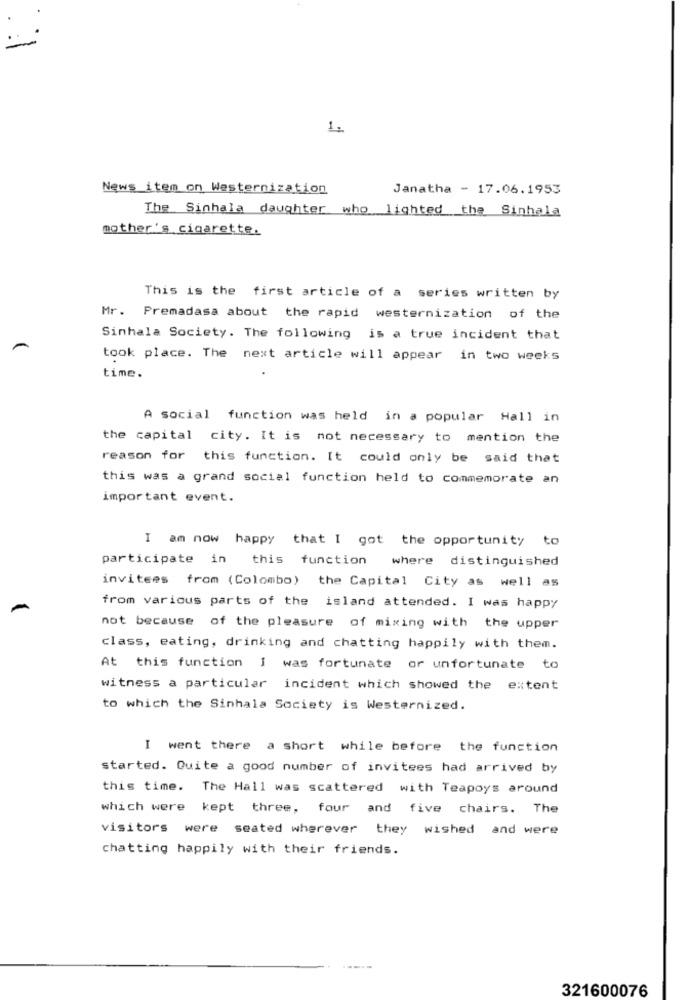
1.
News item on Westernization
Janatha - 17.06.1953
The Sinhala daughter who lighted the Sinhala
mother's cigarette.
This is the first article of a series written by
Mr. Premadasa about the rapid westernization of the
Sinhala Society. The following is a true incident that
took place. The next article will appear in two weeks
time.
A social function was held in a popular Hall in
the capital city. It is not necessary to mention the
reason for this function. It could only be said that
this was a grand social function held to commemorate an
important event.
I am now happy that I got the opportunity to
participate in this function where distinguished
invitees from (Colombo) the Capital City as well as
from various parts of the island attended. I was happy
not because of the pleasure of mixing with the upper
class, eating, drinking and chatting happily with them.
At this function I was fortunate or unfortunate to
witness a particular incident which showed the extent
to which the Sinhala Society is Westernized.
I went there a short while before the function
started. Quite a good number of invitees had arrived by
this time. The Hall was scattered with Teapoys around
which were kept three, four and five chairs. The
visitors were seated wherever they wished and were
chatting happily with their friends.
321600076